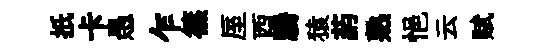
扺卡愚乍篠厔酉騰猿葯熟悒云赋